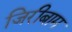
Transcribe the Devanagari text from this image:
जिरीबाम